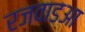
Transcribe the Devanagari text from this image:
रजवाडआ